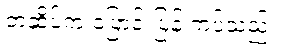
တံဆိပ်က ပြောင်းပြန် ကပ်သည်။